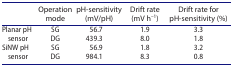
<table><thead><tr><td><b> </b></td><td><b>Operation mode</b></td><td><b>pH-sensitivity (mV/pH)</b></td><td><b>Drift rate (mV h<sup>–1</sup>)</b></td><td><b>Drift rate for pH-sensitivity (%)</b></td></tr></thead><tbody><tr><td rowspan="2">Planar pH sensor</td><td>SG</td><td>56.7</td><td>1.9</td><td>3.3</td></tr><tr><td>DG</td><td>439.3</td><td>8.0</td><td>1.8</td></tr><tr><td rowspan="2">SiNW pH sensor</td><td>SG</td><td>56.9</td><td>1.8</td><td>3.2</td></tr><tr><td>DG</td><td>984.1</td><td>8.3</td><td>0.8</td></tr></tbody></table>